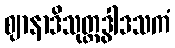
ဈာနာဒိသုတ္တဒွါဒသကံ